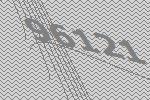
96121